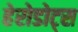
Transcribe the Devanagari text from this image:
हेरोडोट्स